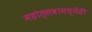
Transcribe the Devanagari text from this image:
महोत्सवामध्येही